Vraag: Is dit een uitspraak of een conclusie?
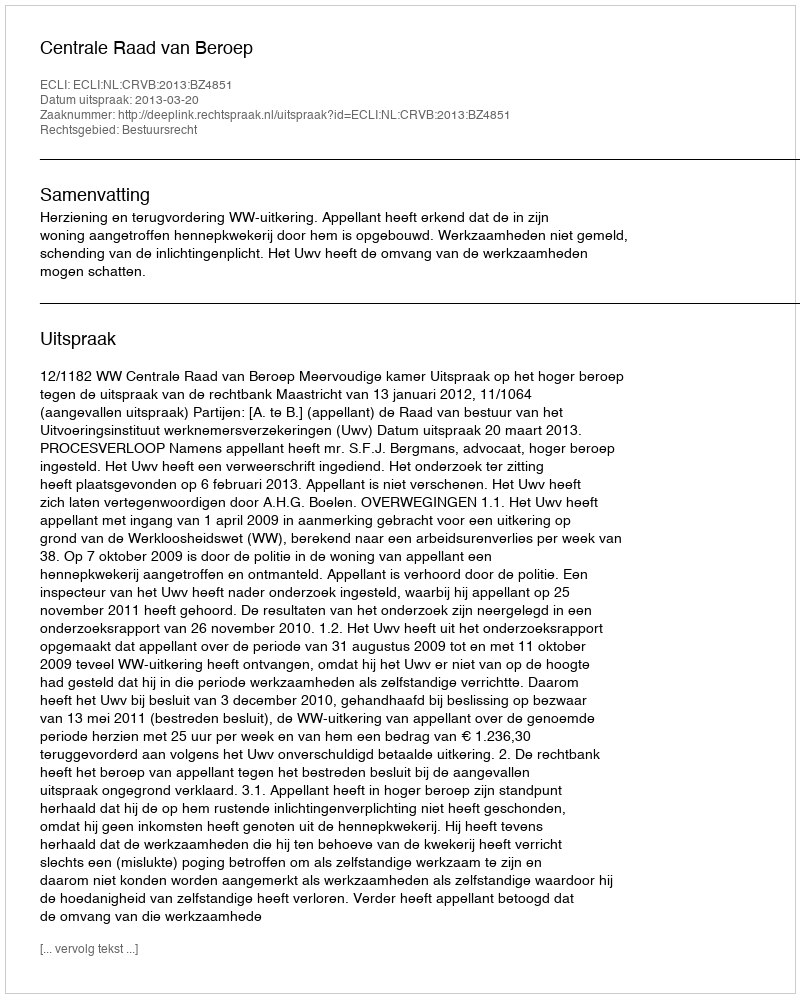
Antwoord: Uitspraak